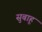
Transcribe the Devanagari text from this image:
सुबाहू